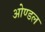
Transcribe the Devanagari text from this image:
ओण्डल